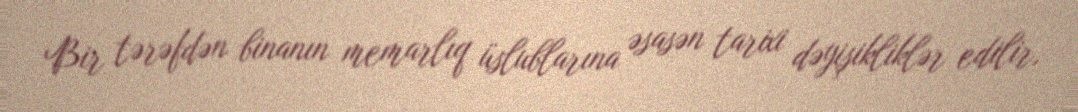
Bir tərəfdən binanın memarlıq üslublarına əsasən tarixi dəyişikliklər edilir,